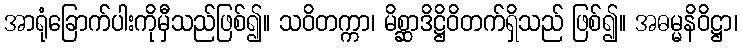
အာရုံခြောက်ပါးကိုမှီသည်ဖြစ်၍။ သဝိတက္ကာ၊ မိစ္ဆာဒိဋ္ဌိဝိတက်ရှိသည် ဖြစ်၍။ အဓမ္မနိဝိဋ္ဌာ၊